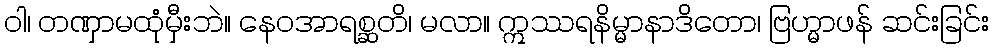
ဝါ၊ တဏှာမထုံမှီးဘဲ။ နေဝအာရစ္ဆတိ၊ မလာ။ ဣဿရနိမ္မာနာဒိတော၊ ဗြဟ္မာဖန် ဆင်းခြင်း